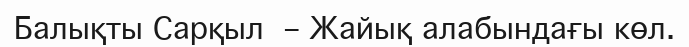
Балықты Сарқыл  – Жайық алабындағы көл.